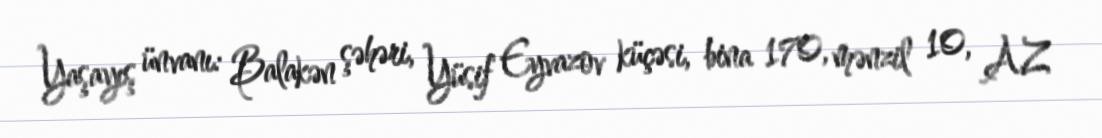
Yaşayış ünvanı: Balakən şəhəri, Yüsif Eyvazov küçəsi, bina 170, mənzil 10, AZ